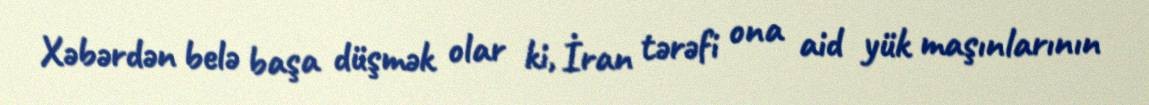
Xəbərdən belə başa düşmək olar ki, İran tərəfi ona aid yük maşınlarının